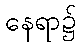
နေရာ၌